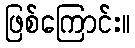
ဖြစ်ကြောင်း။